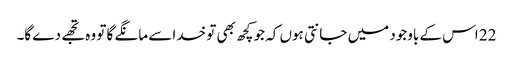
22 اس کے باوجود میں جانتی ہوں کہ جو کچھ بھی تو خدا سے مانگے گا تو وہ تجھے دے گا۔